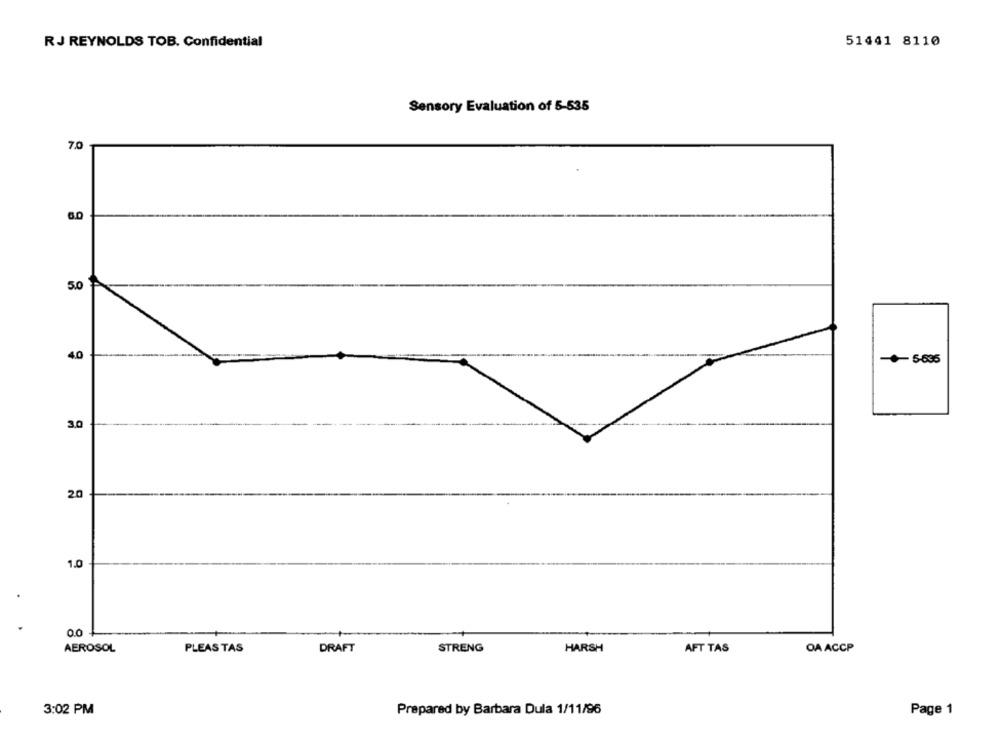
RJ REYNOLDS TOB. Confidential
51441 8110
Sensory Evaluation of 5-535
7.0
6.0
5.0
40
-5-635
3.0
20
1.0
0.0
AEROSOL
PLEAS TAS
DRAFT
STRENG
HARSH
AFT TAS
OA ACCP
3:02 PM
Prepared by Barbara Dula 1/11/96
Page 1